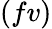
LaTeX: (fv)